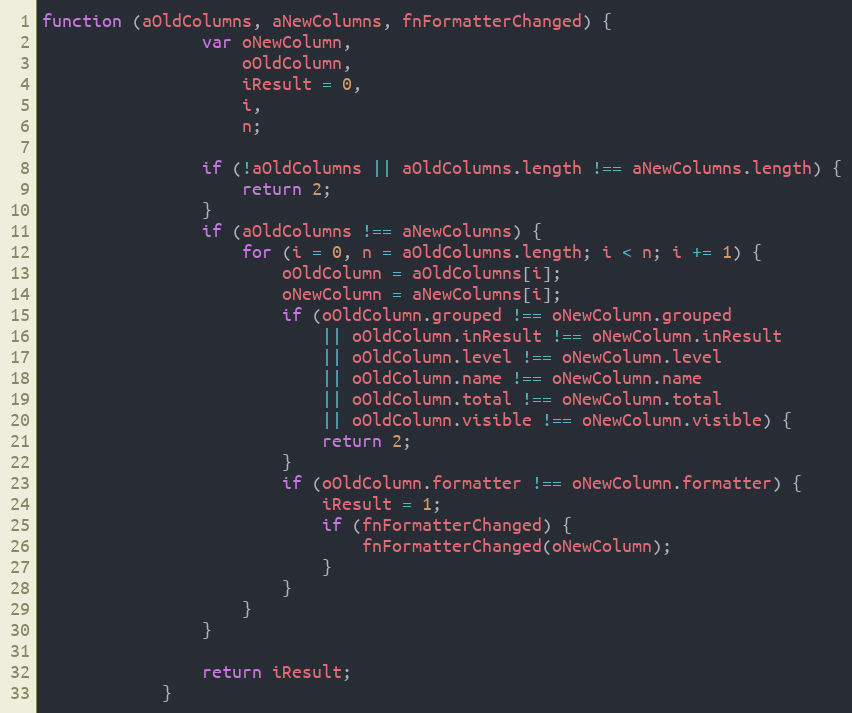
Language: JavaScript
function (aOldColumns, aNewColumns, fnFormatterChanged) {
				var oNewColumn,
					oOldColumn,
					iResult = 0,
					i,
					n;

				if (!aOldColumns || aOldColumns.length !== aNewColumns.length) {
					return 2;
				}
				if (aOldColumns !== aNewColumns) {
					for (i = 0, n = aOldColumns.length; i < n; i += 1) {
						oOldColumn = aOldColumns[i];
						oNewColumn = aNewColumns[i];
						if (oOldColumn.grouped !== oNewColumn.grouped
							|| oOldColumn.inResult !== oNewColumn.inResult
							|| oOldColumn.level !== oNewColumn.level
							|| oOldColumn.name !== oNewColumn.name
							|| oOldColumn.total !== oNewColumn.total
							|| oOldColumn.visible !== oNewColumn.visible) {
							return 2;
						}
						if (oOldColumn.formatter !== oNewColumn.formatter) {
							iResult = 1;
							if (fnFormatterChanged) {
								fnFormatterChanged(oNewColumn);
							}
						}
					}
				}

				return iResult;
			}